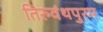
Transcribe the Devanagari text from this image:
तिरुवंथपुरम